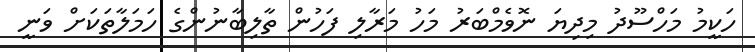
ހަކީމު މަހްސޫދު މިދިޔަ ނޮވެމްބަރު މަހު މަރާލި ފަހުން ތާލިބާނުންގެ ހަމަލާތަކަށް ވަނީ